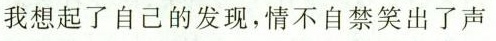
我想起了自己的发现，情不自禁笑出了声